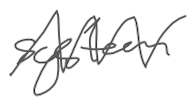
Text: system
Cross-out: zig-zag
Writing tool: digital_gray